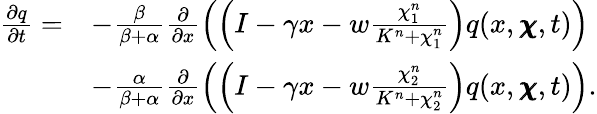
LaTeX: \begin{array}{rl}{\frac{\partial q}{\partial t}=}&{-\frac{\beta}{\beta+\alpha}\frac{\partial}{\partial x}\left(\left(I-\gamma x-w\frac{\chi_{1}^{n}}{K^{n}+\chi_{1}^{n}}\right)q(x,\pmb{\chi},t)\right)}\\ &{-\frac{\alpha}{\beta+\alpha}\frac{\partial}{\partial x}\left(\left(I-\gamma x-w\frac{\chi_{2}^{n}}{K^{n}+\chi_{2}^{n}}\right)q(x,\pmb{\chi},t)\right).}\end{array}